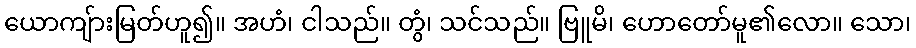
ယောကျ်ားမြတ်ဟူ၍။ အဟံ၊ ငါသည်။ တွံ၊ သင်သည်။ ဗြူမိ၊ ဟောတော်မူ၏လော။ သော၊